Indian journal of veterinary science and animal husbandry - Volumes 15-17, 1948-1951
Year: 1948
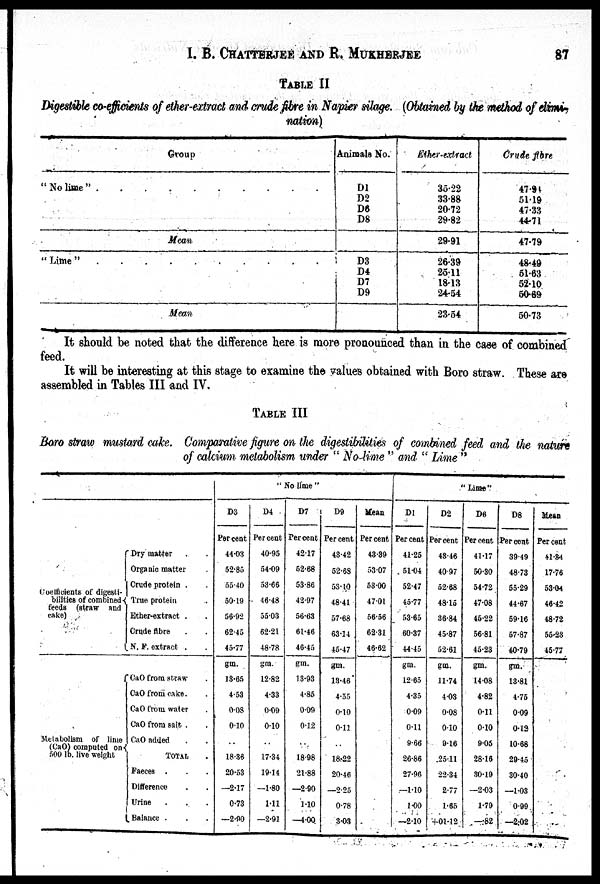
I.
B.
CHATTERJEE
AND
R.
MUKHERJEE
87
TABLE II
Digestible co-efficients of ether-extract and crude fibre in Napier silage. (Obtained by the method of elim
nation)
Group
"No lime"
Mean
"Lime"
Mean
Animals No.
D1
D2
D6
D8
D3
D4
D7
D9
Ether-extract
35.22
33.88
20.72
29.82
29.91
26.39
25.11
18.13
24.54
23.54
Crude fibre
47.91
51.19
47.33
44.71
47.79
48.49
51.63
52.10
50.69
50.73
It should be noted that the difference here is more pronounced than in the case of combined
feed.
It will be interesting at this stage to examine the values obtained with Boro straw. These are
assembled in Tables III and IV.
TABLE III
Boro straw mustard cake. Comparative figure on the digestibilities of combined feed and the nature
of calcium metabolism under "No-lime" and "Lime"
Coefficients of digesti-
bilities of combined
feeds (straw and
cake)
Metabolism of lime
(CaO) computed on
500 lb. live weight
Dry matter
Organic matter
Crude protein .
True protein
Ether-extract .
Crude fibre
N. F. extract .
CaO from straw .
CaO from cake.
CaO from water . .
CaO from salt . .
CaO added . .
TOTAL .
Faeces . . .
Difference . .
Urine . . .
Balance . . .
"No lime"
D3
Per cent
44.03
52.85
55.40
50.19
56.92
62.45
45.77
gm.
13.65
4.53
0.08
0.10
..
18.36
20.53
—2.17
0.73
—2.90
D4
Per cent
40.95
54.09
53.66
46.48
55.03
62.21
48.78
gm.
12.82
4.33
0.09
0.10
..
17.34
19.14
—1.80
1.11
—2.91
D7
Per cent
42.17
52.68
53.86
42.97
56.63
61.46
46.45
gm.
13.93
4.85
0.09
0.12
..
18.98
21.88
—2.90
1.10
—4.00
D9
Per cent
43.42
52.68
53.10
48.41
57.68
63.14
45.47
gm.
13.46
4.55
0.10
0.11
..
18.22
20.46
—2.25
0.78
3.03
Mean
Per cent
43.39
53.07
53.00
47.01
56.56
62.31
46.62
"Lime"
D1
Per cent
41.25
51.04
52.47
45.77
53.65
60.37
44.45
gm.
12.65
4.35
0.09
0.11
9.66
26.86
27.96
—1.10
1.00
—2.10
D2
Percent
48.46
40.97
52.68
48.15
36.84
45.87
52.61
gm.
11.74
4.03
0.08
0.10
0.16
25.11
22.34
2.77
1.65
+01.12
D6
Per cent
41.17
50.30
54.72
47.08
45.22
56.81
45.23
gm.
14.08
4.82
0.11
0.10
9.05
28.16
30.19
—2.03
1.79
—.82
D8
Per cent
39.49
48.73
55.29
44.67
59.16
57.87
40.79
gm.
13.81
4.75
0.09
0.12
10.68
29.45
30.40
—1.03
0.99
—2.02
Mean
Per cent
41.84
17.76
53.04
46.42
48.72
55.23
45.77